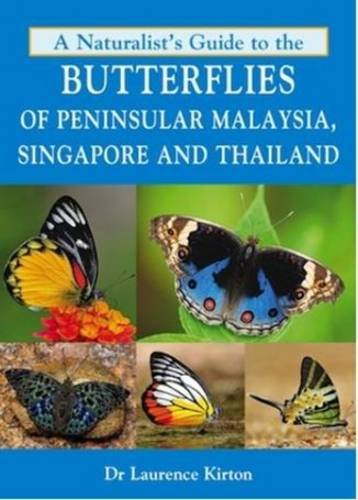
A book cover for A Naturalist's Guide to the Butterflies of Peninsular Malaysia, Singapore & Thailand (Naturalists' Guides); Laurence Kirton; Science & Math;